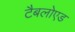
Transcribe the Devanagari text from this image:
टैबलोएड